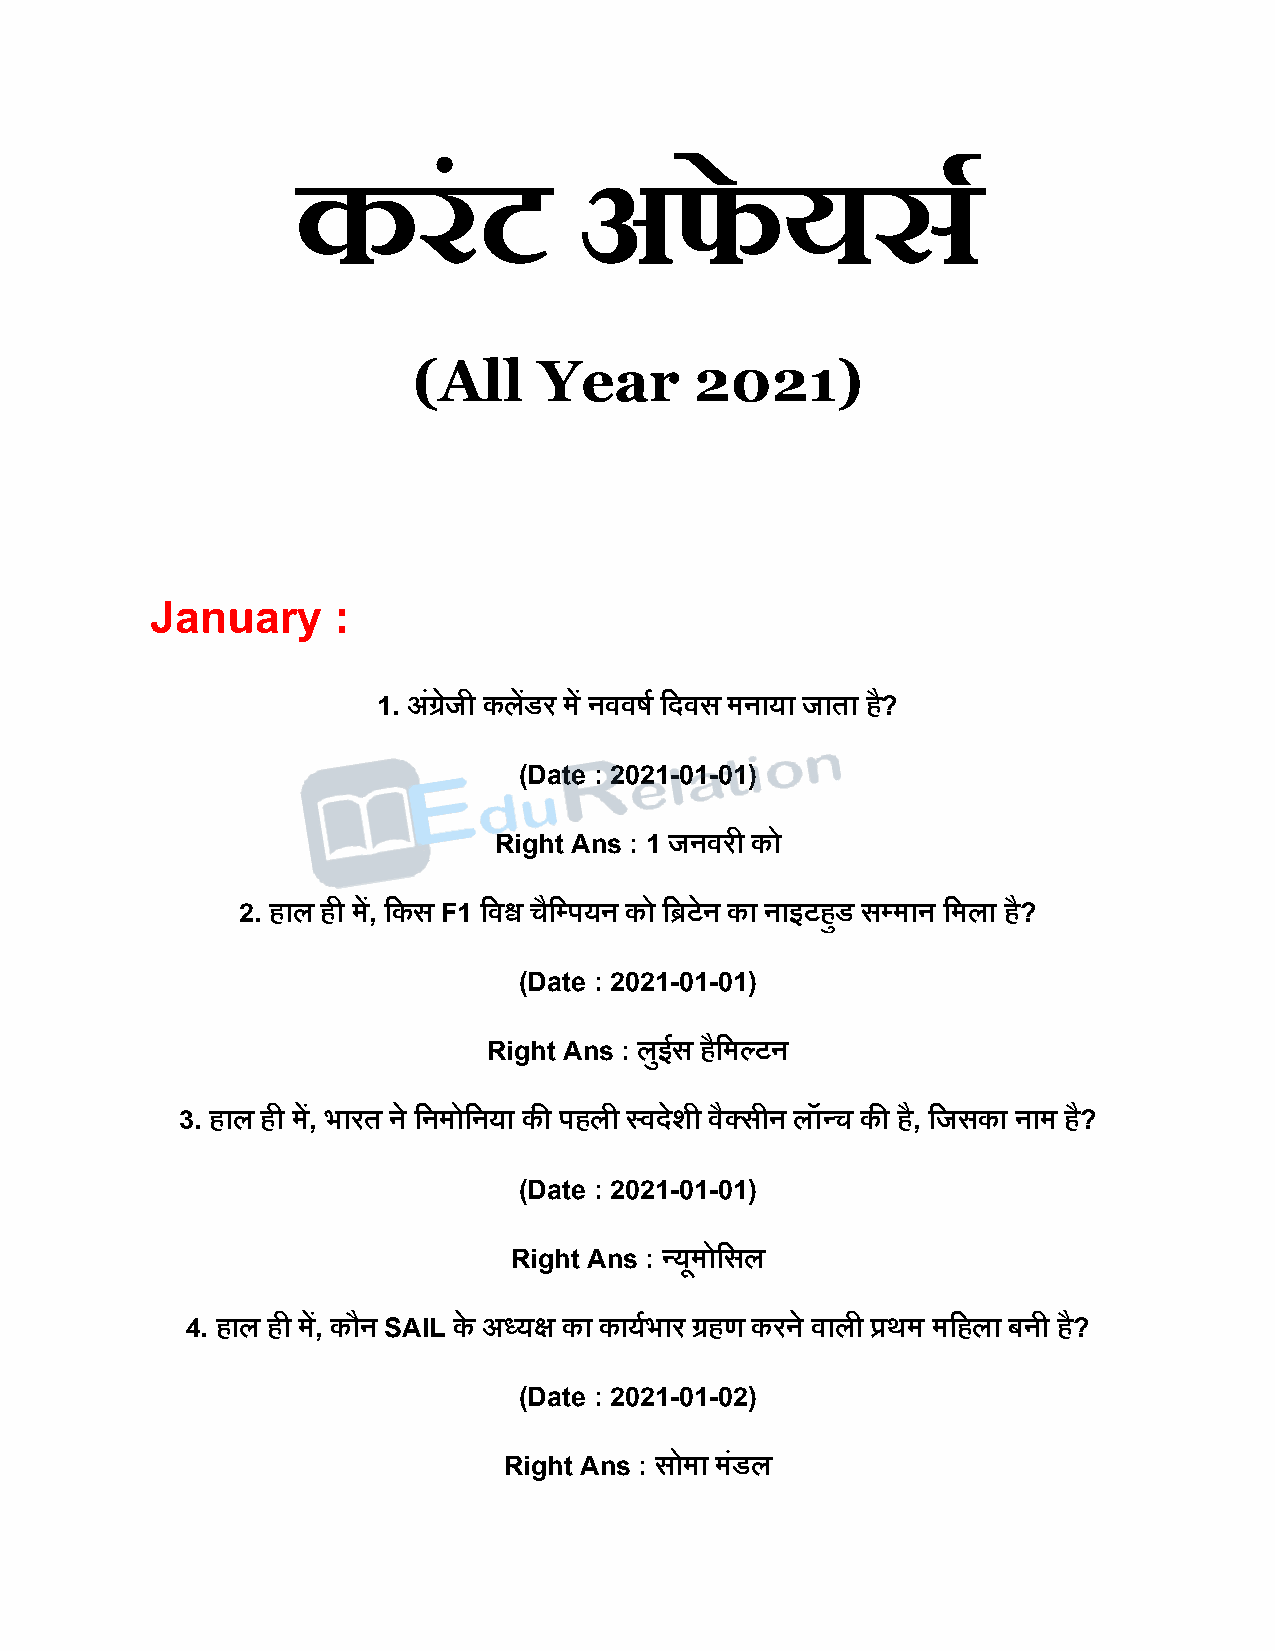
करं         ट     अफे           यर्स
 (All     Year      2021)
 January     :
 1. अंग्रजे ी कलेंडर में नववर्ष दिवस मनाया जाता है?
 (Date : 2021-01-01)
 Right Ans : 1 जनवरी को
 2. हाल ही में, दकस F1 दवश्व चैदपियन को दिटेन का नाइटहुड सपमान दमला है?
 (Date : 2021-01-01)
 Right Ans : लुईस हैदमल्टन
 3. हाल ही में, भारत ने दनमोदनया की िहली स्विेशी वैक्सीन लॉन्च की है, दजसका नाम है?
 (Date : 2021-01-01)
 Right Ans : न्यूमोदसल
 4. हाल ही में, कौन SAIL के अध्यक्ष का कायषभार ग्रहण करने वाली प्रथम मदहला बनी है?
 (Date : 2021-01-02)
 Right Ans : सोमा मंडल